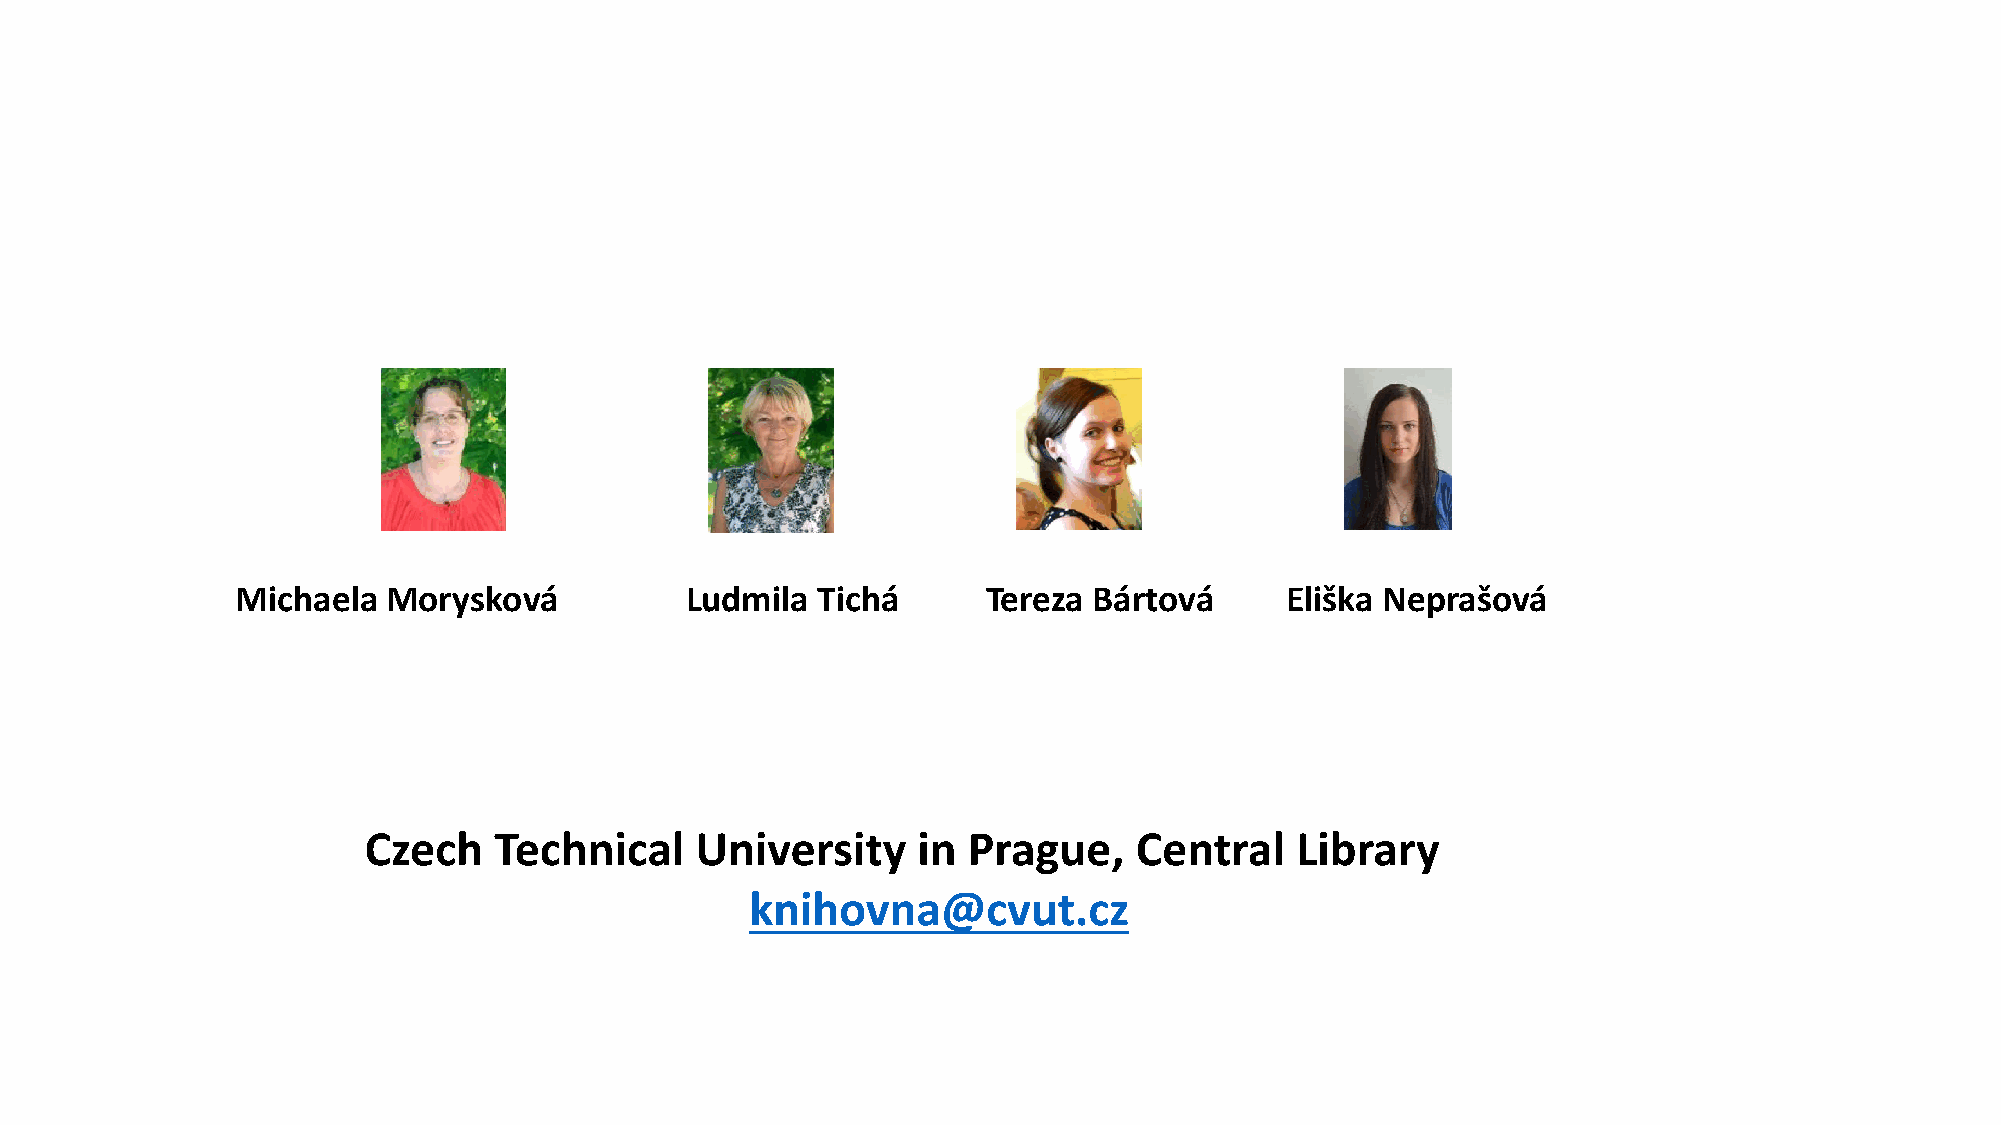
Michaela  Morysková          Ludmila  Tichá      Tereza Bártová      Eliška Neprašová
 Czech    Technical    University     in Prague,    Central    Library
 knihovna@cvut.cz